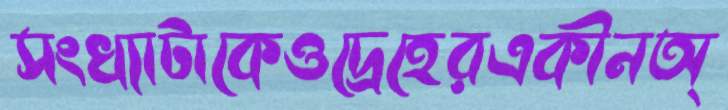
সংখ্যাটাকেওদ্রেহেরএকীনঅ্